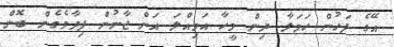
އޭގެ ފަހުން ހަމަލާ ދިން މީހާ އަމިއްލަ އަށް ޖާނުން ފިދާވެގެން ބޮން